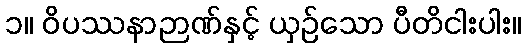
၁။ ဝိပဿနာဉာဏ်နှင့် ယှဉ်သော ပီတိငါးပါး။